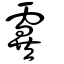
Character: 霬